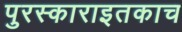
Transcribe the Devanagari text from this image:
पुरस्काराइतकाच